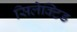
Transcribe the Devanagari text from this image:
सिलेक्टिड